Indian journal of veterinary science and animal husbandry - Volumes 15-17, 1948-1951
Year: 1948
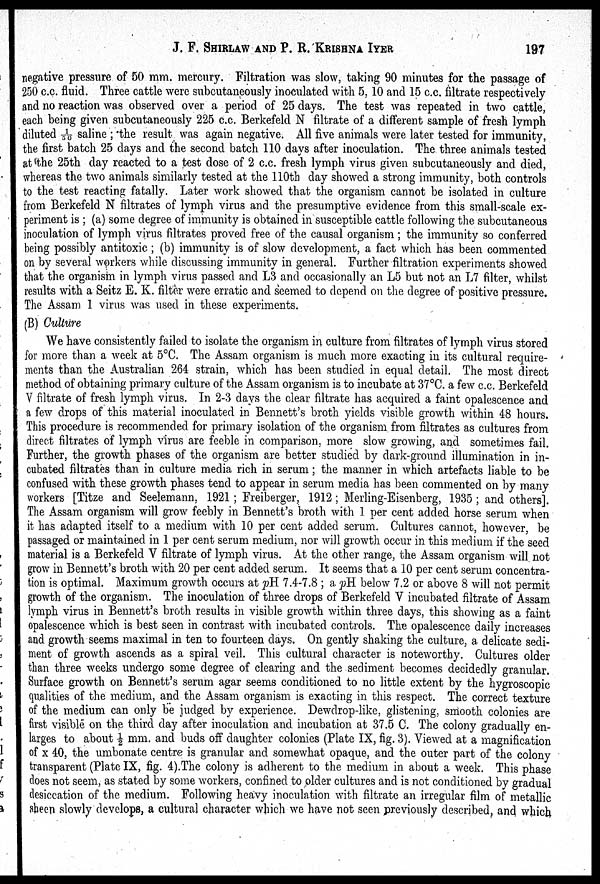
J. F. SHIRLAW AND P. R.
KRISHNA
IYER
197
negative pressure of 50 mm. mercury. Filtration was slow, taking 90 minutes for the passage of
250 c.c. fluid. Three cattle were subcutaneously inoculated with 5, 10 and 15 c.c. filtrate respectively
and no reaction was observed over a period of 25 days. The test was repeated in two cattle,
each being given subcutaneously 225 c.c. Berkefeld N filtrate of a different sample of fresh lymph
diluted 1/50 saline; the result was again negative. All five animals were later tested for immunity,
the first batch 25 days and the second batch 110 days after inoculation. The three animals tested
at the 25th day reacted to a test dose of 2 c.c. fresh lymph virus given subcutaneously and died,
whereas the two animals similarly tested at the 110th day showed a strong immunity, both controls
to the test reacting fatally. Later work showed that the organism cannot be isolated in culture
from Berkefeld N filtrates of lymph virus and the presumptive evidence from this small-scale ex-
periment is; (a) some degree of immunity is obtained in susceptible cattle following the subcutaneous
inoculation of lymph virus filtrates proved free of the causal organism; the immunity so conferred
being possibly antitoxic; (b) immunity is of slow development, a fact which has been commented
on by several workers while discussing immunity in general. Further filtration experiments showed
that the organism in lymph virus passed and L3 and occasionally an L5 but not an L7 filter, whilst
results with a Seitz E. K. filter were erratic and seemed to depend on the degree of positive pressure.
The Assam 1 virus was used in these experiments.
(B) Culture
We have consistently failed to isolate the organism in culture from filtrates of lymph virus stored
for more than a week at 5°C. The Assam organism is much more exacting in its cultural require-
ments than the Australian 264 strain, which has been studied in equal detail. The most direct
method of obtaining primary culture of the Assam organism is to incubate at 37°C. a few c.c. Berkefeld
V filtrate of fresh lymph virus. In 2-3 days the clear filtrate has acquired a faint opalescence and
a few drops of this material inoculated in Bennett's broth yields visible growth within 48 hours.
This procedure is recommended for primary isolation of the organism from filtrates as cultures from
direct filtrates of lymph virus are feeble in comparison, more slow growing, and sometimes fail.
Further, the growth phases of the organism are better studied by dark-ground illumination in in-
cubated filtrates than in culture media rich in serum; the manner in which artefacts liable to be
confused with these growth phases tend to appear in serum media has been commented on by many
workers [Titze and Seelemann, 1921; Freiberger, 1912; Merling-Eisenberg, 1935; and others].
The Assam organism will grow feebly in Bennett's broth with 1 per cent added horse serum when
it has adapted itself to a medium with 10 per cent added serum. Cultures cannot, however, be
passaged or maintained in 1 per cent serum medium, nor will growth occur in this medium if the seed
material is a Berkefeld V filtrate of lymph virus. At the other range, the Assam organism will not
grow in Bennett's broth with 20 per cent added serum. It seems that a 10 per cent serum concentra-
tion is optimal. Maximum growth occurs at pH. 7.4-7.8; a pH below 7.2 or above 8 will not permit
growth of the organism. The inoculation of three drops of Berkefeld V incubated filtrate of Assam
lymph virus in Bennett's broth results in visible growth within three days, this showing as a faint
opalescence which is best seen in contrast with incubated controls. The opalescence daily increases
and growth seems maximal in ten to fourteen days. On gently shaking the culture, a delicate sedi-
ment of growth ascends as a spiral veil. This cultural character is noteworthy. Cultures older
than three weeks undergo some degree of clearing and the sediment becomes decidedly granular.
Surface growth on Bennett's serum agar seems conditioned to no little extent by the hygroscopic
qualities of the medium, and the Assam organism is exacting in this respect. The correct texture
of the medium can only be judged by experience. Dewdrop-like, glistening, smooth colonies are
first visible on the third day after inoculation and incubation at 37.5 C. The colony gradually en-
larges to about ½ mm. and buds off daughter colonies (Plate IX, fig. 3). Viewed at a magnification
of x 40, the umbonate centre is granular and somewhat opaque, and the outer part of the colony
transparent (Plate IX, fig. 4).The colony is adherent to the medium in about a week. This phase
does not seem, as stated by some workers, confined to older cultures and is not conditioned by gradual
desiccation of the medium. Following heavy inoculation with filtrate an irregular film of metallic
sheep slowly develops, a cultural character which we have not seen previously described, and which